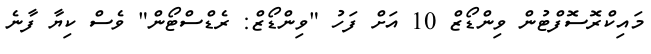
މައިކްރޮސޮފްޓުން ވިންޑޯޒް 10 އަށް ފަހު "ވިންޑޯޒް: ރެޑްސްޓޯން" ވެސް ކިޔާ ފާނެ